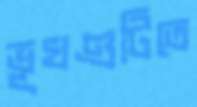
ভূখণ্ডটিতে